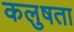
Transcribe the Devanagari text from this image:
कलुषता